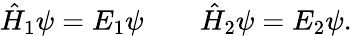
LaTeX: \hat{H}_{1}\psi=E_{1}\psi\qquad\hat{H}_{2}\psi=E_{2}\psi.